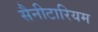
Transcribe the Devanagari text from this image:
सैनीटारियम